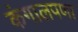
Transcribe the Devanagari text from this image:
कंगालपणा